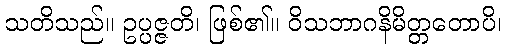
သတိသည်။ ဥပ္ပဇ္ဇတိ၊ ဖြစ်၏။ ဝိသဘာဂနိမိတ္တတောပိ၊